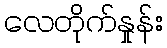
လေတိုက်နှုန်း